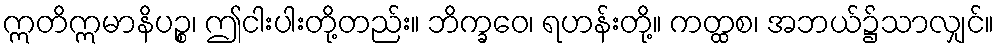
ဣတိဣမာနိပဉ္စ၊ ဤငါးပါးတို့တည်း။ ဘိက္ခဝေ၊ ရဟန်းတို့။ ကတ္ထစ၊ အဘယ်၌သာလျှင်။